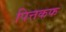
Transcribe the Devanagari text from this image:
पित्तकफ